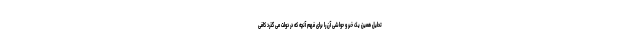
تحلیل همین یک خبر و حواشی آن را برای فهم آنچه که در دولت می گذرد کافی